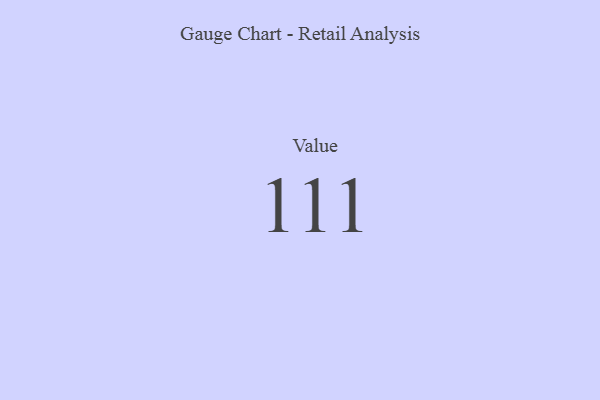
{"axis": {"x": "Metric", "y": "Value"}, "legend": [""], "data": [{"x": "Value", "y": 111, "type": ""}]}